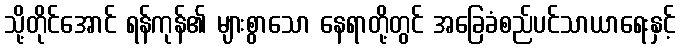
သို့တိုင်အောင် ရန်ကုန်၏ များစွာသော နေရာတို့တွင် အခြေခံစည်ပင်သာယာရေးနှင့်